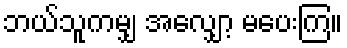
ဘယ်သူကမျှ အလျှော့ မပေးကြ။